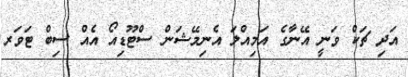
އަދި ޗަކް ވަނީ އޭނާގެ އަމިއްލަ އެނިމޭޝަން ސްޓޫޑިއޯ އެއް ސިބް ޓަވަރ